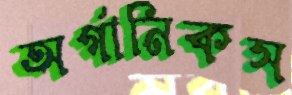
অর্গানিকস